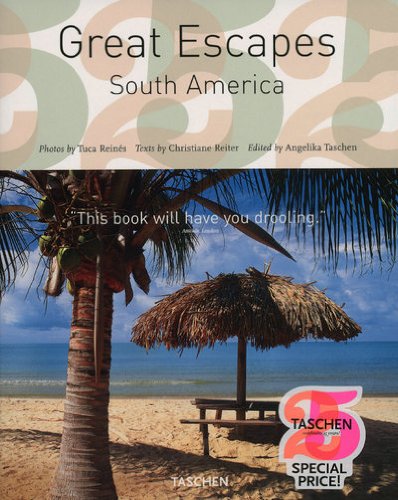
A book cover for Great Escapes South America (Taschen's 25th Anniversary Special Edition); Sunil Sethi; Travel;